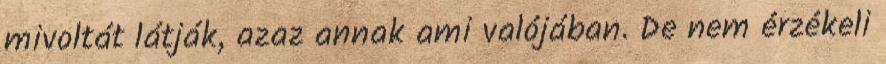
mivoltát látják, azaz annak ami valójában. De nem érzékeli